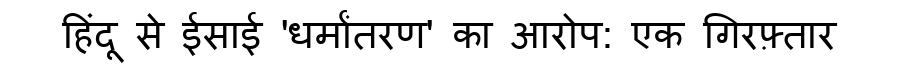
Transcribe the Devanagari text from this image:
हिंदू से ईसाई 'धर्मांतरण' का आरोप: एक गिरफ़्तार